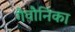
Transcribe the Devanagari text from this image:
गैवौनिका